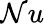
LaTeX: \mathcal{N}u